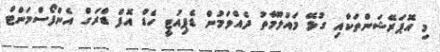
މި އޮޕަރޭޝަންތަކާއި ގުޅޭ މައުލޫމާތު ދެއްވަމުން ޑެޕިއުޓީ ހެޑް އޮފް ޑްރަގް އެންފޯސްމަންޓް